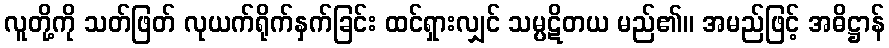
လူတို့ကို သတ်ဖြတ် လုယက်ရိုက်နှက်ခြင်း ထင်ရှားလျှင် သမ္ပဋိတယ မည်၏။ အမည်ဖြင့် အဓိဋ္ဌာန်